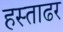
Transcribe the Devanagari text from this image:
हस्ताढर